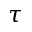
\tau